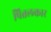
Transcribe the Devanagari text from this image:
पित्तलकार